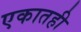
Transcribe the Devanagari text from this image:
एकातही